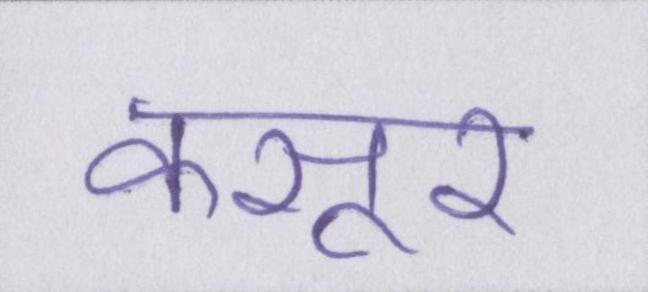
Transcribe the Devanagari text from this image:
कसूर